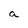
Character: a